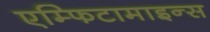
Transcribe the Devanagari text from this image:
एम्फिटामाइन्स